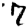
Digit: 7